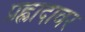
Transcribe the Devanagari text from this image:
प्रह्लादावर